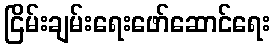
ငြိမ်းချမ်းရေးဖော်ဆောင်ရေး